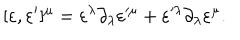
[ \varepsilon , \varepsilon ^ { \prime } ] ^ { \mu } = \varepsilon ^ { \lambda } \partial _ { \lambda } \varepsilon ^ { \prime \mu } + \varepsilon ^ { \prime \lambda } \partial _ { \lambda } \varepsilon ^ { \mu } .